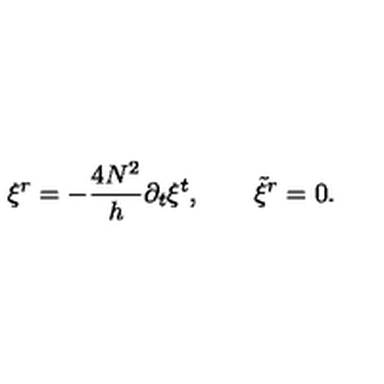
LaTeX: \xi ^ { r } = - { \frac { 4 N ^ { 2 } } { h } } \partial _ { t } \xi ^ { t } , \qquad { \tilde { \xi } } ^ { r } = 0 .